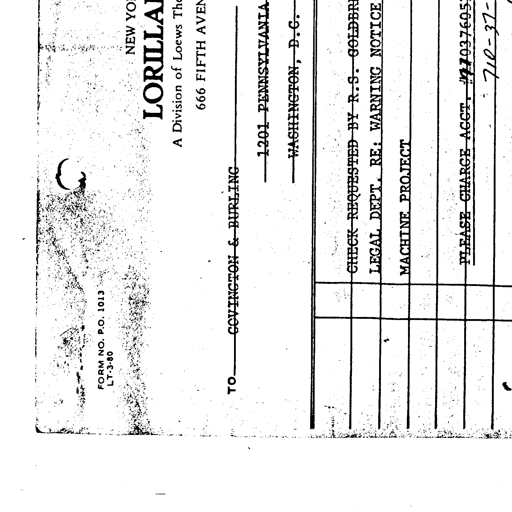
FORM NO. P.O. 1013
LT-3-80
NEW YO
LORILLA
A Division of Loews The
666 FIFTH AVEN
TO
COVINGTON & BURLING
1201 PENNSYLVANIA
WASHINGTON, D.C.
CHECK REQUESTED BY R.S. GOLDBR
LEGAL DEPT. RE: WARNING NOTICE
MACHINE PROJECT
PLEASE CHARGE ACCT. # 71037695
710-37-